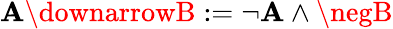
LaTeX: \mathbf{A}\downarrowB:=\neg\mathbf{A}\land\negB